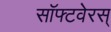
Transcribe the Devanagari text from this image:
सॉफ्टवेरस्